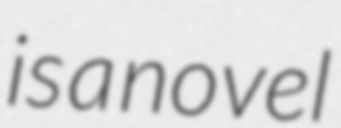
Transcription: is a novel